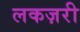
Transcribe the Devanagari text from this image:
लकज़री